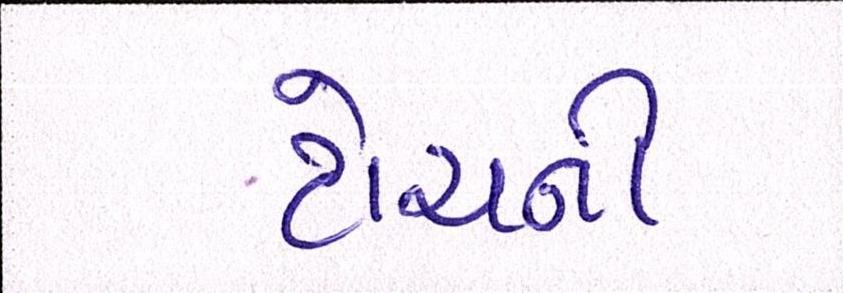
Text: ટોચની